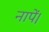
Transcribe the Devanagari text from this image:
नापें।